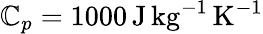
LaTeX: \mathbb{C}_{p}=1000\, \mathrm{{J}}\, \mathrm{{kg}}^{-1}\, \mathrm{{K}}^{-1}